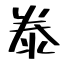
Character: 𣳾